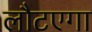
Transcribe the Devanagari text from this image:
लौटएगा